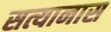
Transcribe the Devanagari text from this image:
सत्यानास